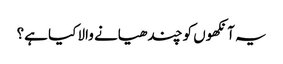
یہ آنکھوں کو چندھیانے والا کیا ہے؟